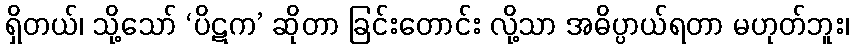
ရှိတယ်၊ သို့သော် ‘ပိဋက’ ဆိုတာ ခြင်းတောင်း လို့သာ အဓိပ္ပာယ်ရတာ မဟုတ်ဘူး၊